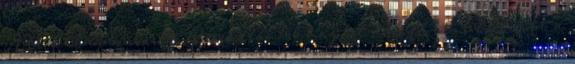
Attikában maradt, Periklész 100 hajóból álló flottát küldött a